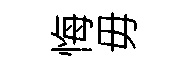
悔毋